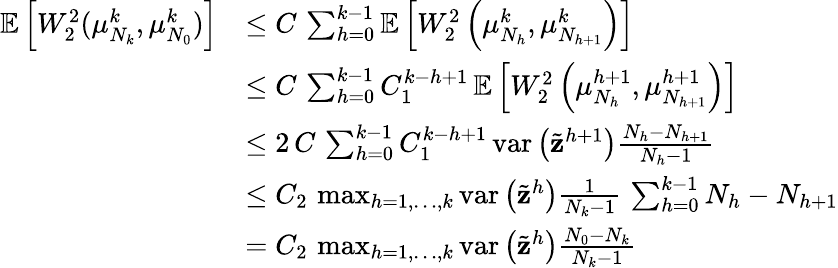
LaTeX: \begin{array}{rl}{\mathbb{E}\left[W_{2}^{2}(\mu_{N_{k}}^{k},\mu_{N_{0}}^{k})\right]}&{\leq C\, \sum_{h=0}^{k-1}\mathbb{E}\left[W_{2}^{2}\left(\mu_{N_{h}}^{k},\mu_{N_{h+1}}^{k}\right)\right]}\\ &{\leq C\, \sum_{h=0}^{k-1}C_{1}^{k-h+1}\, \mathbb{E}\left[W_{2}^{2}\left(\mu_{N_{h}}^{h+1},\mu_{N_{h+1}}^{h+1}\right)\right]}\\ &{\leq 2\, C\, \sum_{h=0}^{k-1}C_{1}^{k-h+1}\, \textup{var}\left(\tilde{\mathbf{z}}^{h+1}\right)\frac{N_{h}-N_{h+1}}{N_{h}-1}}\\ &{\leq C_{2}\, \operatorname*{max}_{h=1,\dots,k}\textup{var}\left(\tilde{\mathbf{z}}^{h}\right)\frac{1}{N_{k}-1}\, \sum_{h=0}^{k-1}N_{h}-N_{h+1}}\\ &{=C_{2}\, \operatorname*{max}_{h=1,\dots,k}\textup{var}\left(\tilde{\mathbf{z}}^{h}\right)\frac{N_{0}-N_{k}}{N_{k}-1}}\end{array}